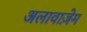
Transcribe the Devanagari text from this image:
अलावाज़ेम